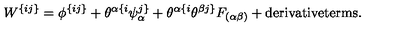
W ^ { \{ i j \} } = \phi ^ { \{ i j \} } + \theta ^ { \alpha \{ i } \psi _ { \alpha } ^ { j \} } + \theta ^ { \alpha \{ i } \theta ^ { \beta j \} } F _ { ( \alpha \beta ) } + \mathrm { \small d e r i v a t i v e t e r m s } .